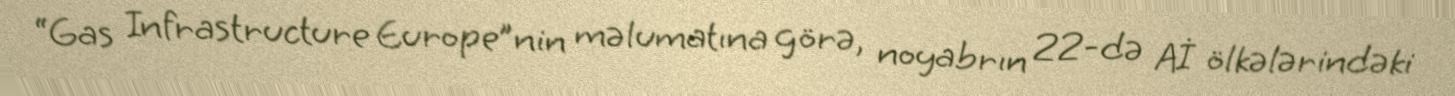
“Gas Infrastructure Europe”nin məlumatına görə, noyabrın 22-də Aİ ölkələrindəki